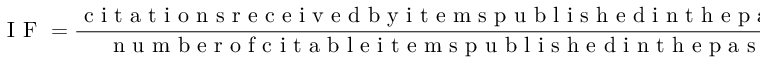
\mathrm { ~ I ~ F ~ } = \frac { \mathrm { ~ c ~ i ~ t ~ a ~ t ~ i ~ o ~ n ~ s ~ r ~ e ~ c ~ e ~ i ~ v ~ e ~ d ~ b ~ y ~ i ~ t ~ e ~ m ~ s ~ p ~ u ~ b ~ l ~ i ~ s ~ h ~ e ~ d ~ i ~ n ~ t ~ h ~ e ~ p ~ a ~ s ~ t ~ 2 ~ y ~ e ~ a ~ r ~ s ~ } } { \mathrm { ~ n ~ u ~ m ~ b ~ e ~ r ~ o ~ f ~ c ~ i ~ t ~ a ~ b ~ l ~ e ~ i ~ t ~ e ~ m ~ s ~ p ~ u ~ b ~ l ~ i ~ s ~ h ~ e ~ d ~ i ~ n ~ t ~ h ~ e ~ p ~ a ~ s ~ t ~ 2 ~ y ~ e ~ a ~ r ~ s ~ } } .